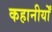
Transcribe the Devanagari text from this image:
कहानीयोँ